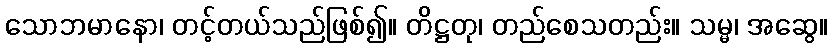
သောဘမာနော၊ တင့်တယ်သည်ဖြစ်၍။ တိဋ္ဌတု၊ တည်စေသတည်း။ သမ္မ၊ အဆွေ။